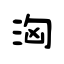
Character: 洶